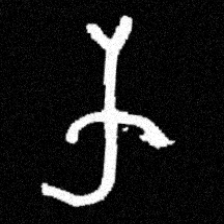
Pyu character \u2014 Myanmar letter: က (romanized: ka)